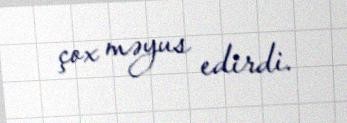
çox məyus edirdi.